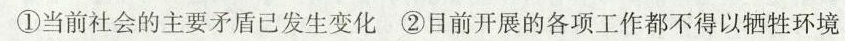
①当前社会的主要矛盾已发生变化②目前开展的各项工作都不得以牺牲环境